Scientific memoirs by medical officers of the Army of India - Part X,
Year: 1897
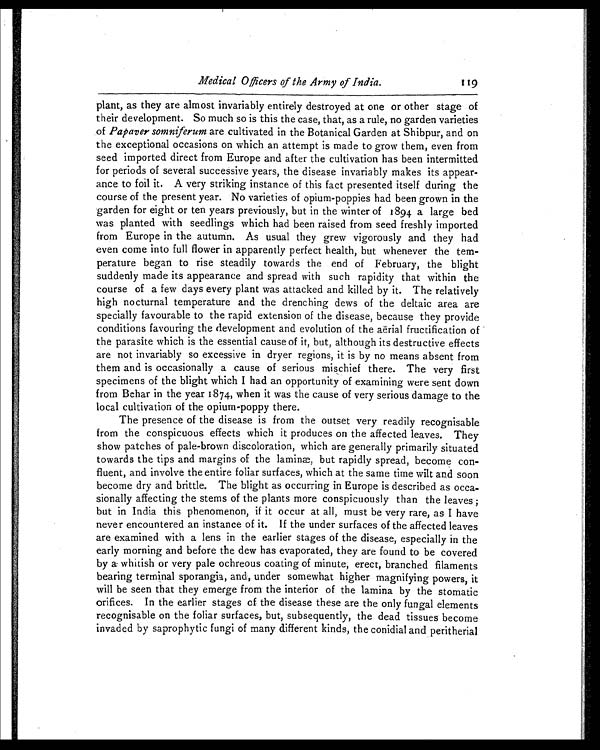
Medical Officers of the Army of India.
119
plant, as they are almost invariably entirely destroyed at one or other stage of
their development. So much so is this the case, that, as a rule, no garden varieties
of Papaver somniferum are cultivated in the Botanical Garden at Shibpur, and on
the exceptional occasions on which an attempt is made to grow them, even from
seed imported direct from Europe and after the cultivation has been intermitted
for periods of several successive years, the disease invariably makes its appear-
ance to foil it. A very striking instance of this fact presented itself during the
course of the present year. No varieties of opium-poppies had been grown in the
garden for eight or ten years previously, but in the winter of 1894 a large bed
was planted with seedlings which had been raised from seed freshly imported
from Europe in the autumn. As usual they grew vigorously and they had
even come into full flower in apparently perfect health, but whenever the tem-
perature began to rise steadily towards the end of February, the blight
suddenly made its appearance and spread with such rapidity that within the
course of a few days every plant was attacked and killed by it. The relatively
high nocturnal temperature and the drenching dews of the deltaic area are
specially favourable to the rapid extension of the disease, because they provide
conditions favouring the development and evolution of the aërial fructification of
the parasite which is the essential cause of it, but, although its destructive effects
are not invariably so excessive in dryer regions, it is by no means absent from
them and is occasionally a cause of serious mischief there. The very first
specimens of the blight which I had an opportunity of examining were sent down
from Behar in the year 1874, when it was the cause of very serious damage to the
local cultivation of the opium-poppy there.
The presence of the disease is from the outset very readily recognisable
from the conspicuous effects which it produces on the affected leaves. They
show patches of pale-brown discoloration, which are generally primarily situated
towards the tips and margins of the laminæ, but rapidly spread, become con-
fluent, and involve the entire foliar surfaces, which at the same time wilt and soon
become dry and brittle. The blight as occurring in Europe is described as occa-
sionally affecting the stems of the plants more conspicuously than the leaves ;
but in India this phenomenon, if it occur at all, must be very rare, as I have
never encountered an instance of it. If the under surfaces of the affected leaves
are examined with a lens in the earlier stages of the disease, especially in the
early morning and before the dew has evaporated, they are found to be covered
by a whitish or very pale ochreous coating of minute, erect, branched filaments
bearing terminal sporangia, and, under somewhat higher magnifying powers, it
will be seen that they emerge from the interior of the lamina by the stomatic
orifices. In the earlier stages of the disease these are the only fungal elements
recognisable on the foliar surfaces, but, subsequently, the dead tissues become
invaded by saprophytic fungi of many different kinds, the conidial and peritherial